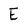
Character: E